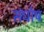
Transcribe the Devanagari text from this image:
संघोष